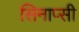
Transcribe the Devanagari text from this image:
सिनाप्सी